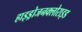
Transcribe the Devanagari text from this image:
हाइड्रोजनक्लोराइड